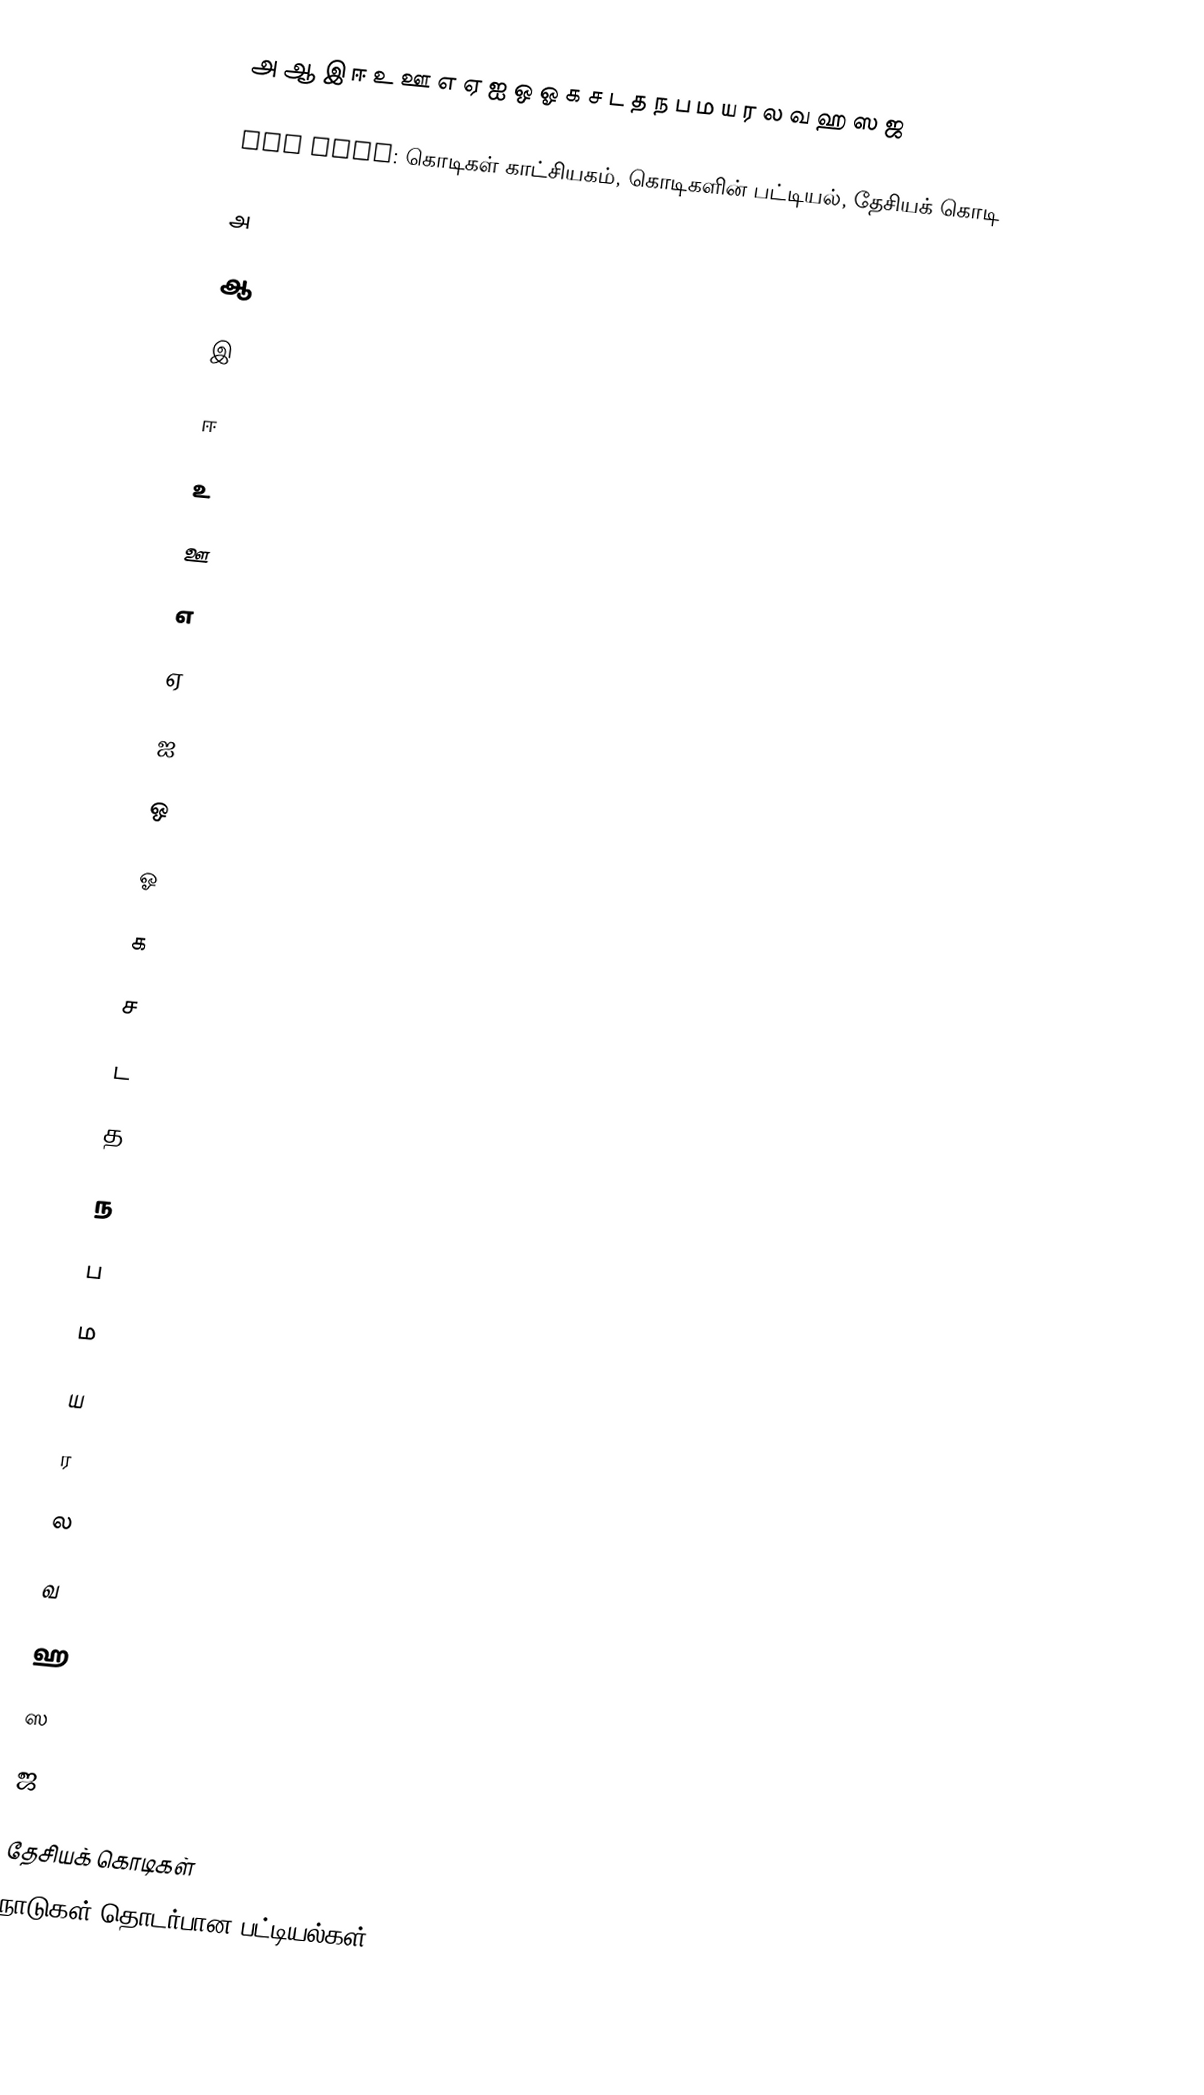
 அ ஆ இ ஈ உ ஊ எ ஏ ஐ ஒ ஓ க ச ட த ந ப ம ய ர ல வ ஹ ஸ ஜ

See also: கொடிகள் காட்சியகம், கொடிகளின் பட்டியல், தேசியக் கொடி

அ

ஆ

இ

ஈ

உ

ஊ

எ

ஏ

ஐ

ஒ

ஓ

க

ச

ட

த

ந

ப

ம

ய

ர

ல

வ

ஹ

ஸ

ஜ

தேசியக் கொடிகள்
நாடுகள் தொடர்பான பட்டியல்கள்